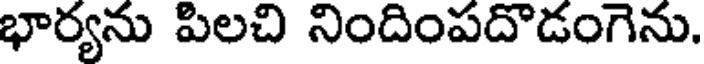
భార్యను పిలచి నిందింపదొడంగెను.